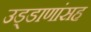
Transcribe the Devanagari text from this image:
उड्डाणांसह